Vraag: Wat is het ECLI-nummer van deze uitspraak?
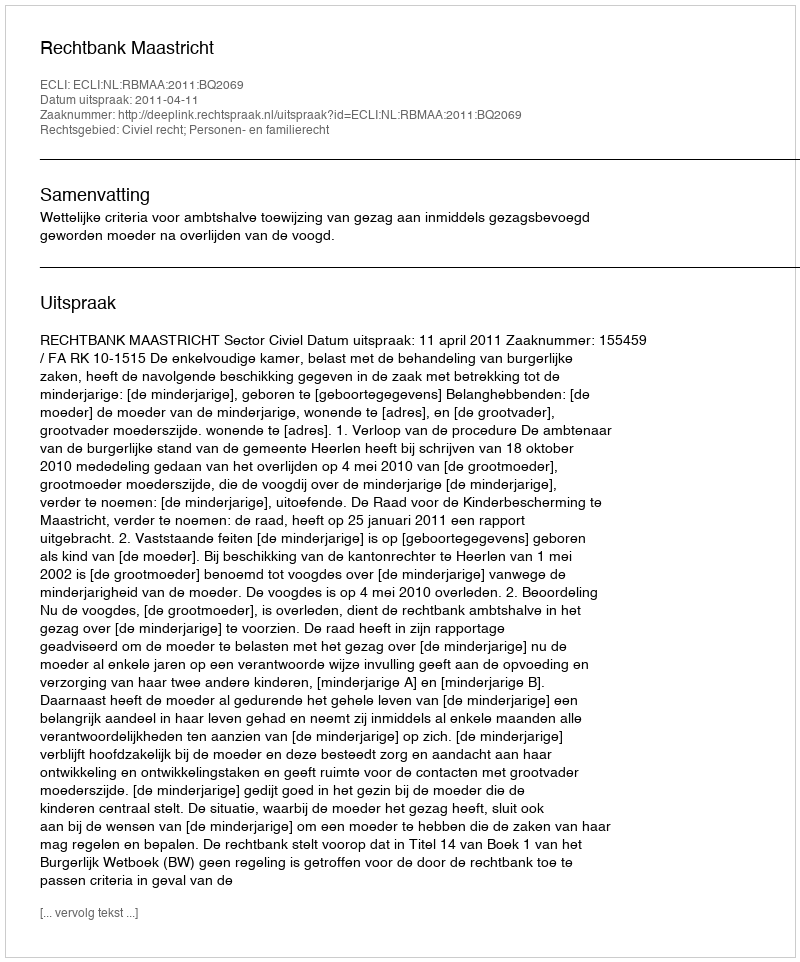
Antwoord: ECLI:NL:RBMAA:2011:BQ2069